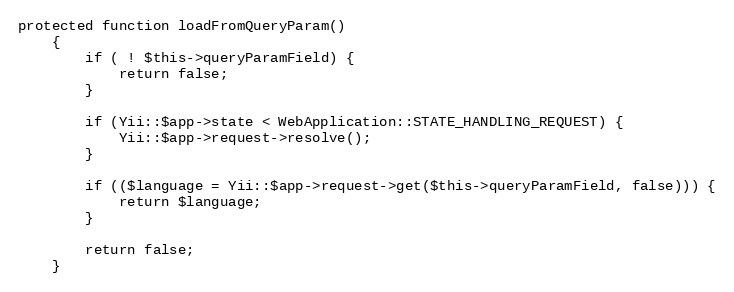
Language: PHP
protected function loadFromQueryParam()
    {
        if ( ! $this->queryParamField) {
            return false;
        }

        if (Yii::$app->state < WebApplication::STATE_HANDLING_REQUEST) {
            Yii::$app->request->resolve();
        }

        if (($language = Yii::$app->request->get($this->queryParamField, false))) {
            return $language;
        }

        return false;
    }